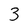
Character: 3